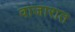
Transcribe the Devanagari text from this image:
वाजारात